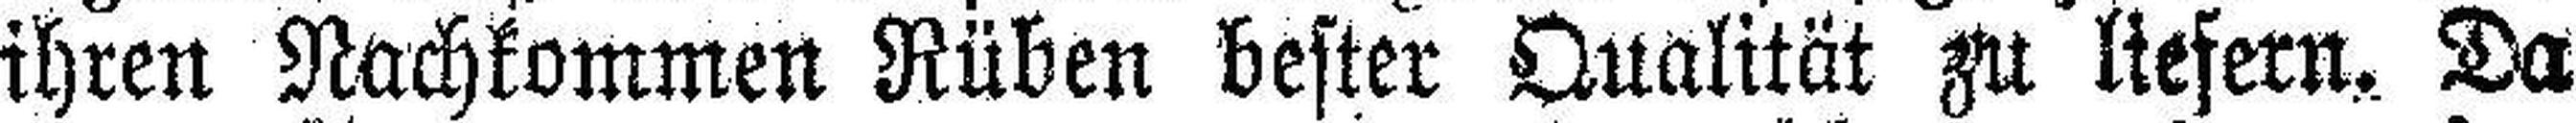
ihren Nachkommen Rüben bester Qualität zu liefern. Da